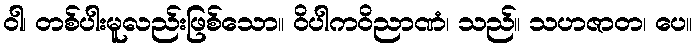
ဝါ၊ တစ်ပါးမူလည်းဖြစ်သော။ ဝိပါကဝိညာဏံ၊ သည်။ သဟဇာတ၊ ပေ။